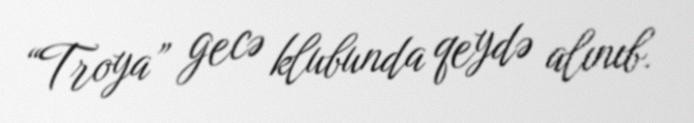
“Troya” gecə klubunda qeydə alınıb.